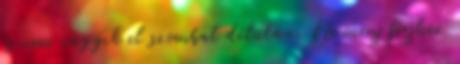
és nem vágyik el szombat délután. Ne menj férjhez